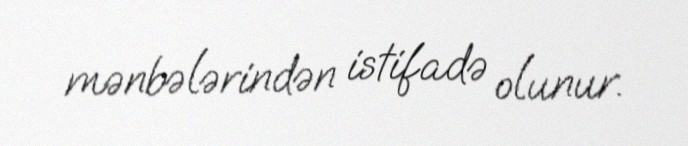
mənbələrindən istifadə olunur.